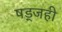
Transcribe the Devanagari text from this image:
षड्जही